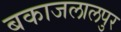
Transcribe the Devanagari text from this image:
बकाजलालपुर